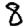
Digit: 8